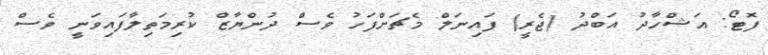
ފޮޓޯ: އަޝްހާދު އަބްދު (ޖެރީ) ފައިނަލް މެޗަށްފަހު ވެސް ދުންޔާޒް ކުރިމަތިލާފައިވަނީ ވެސް